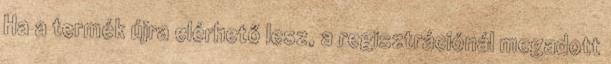
Ha a termék újra elérhető lesz, a regisztrációnál megadott